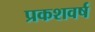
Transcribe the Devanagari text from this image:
प्रकशवर्ष